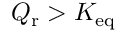
Q _ { \mathrm { r } } > K _ { \mathrm { e q } }